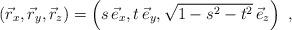
LaTeX: \begin{align*}\left( \vec{r}_x, \vec{r}_y, \vec{r}_z \right) =\left( s \, \vec{e}_x, t \, \vec{e}_y,\sqrt{1 - s^2 - t^2} \, \vec{e}_z\right) ~,\end{align*}